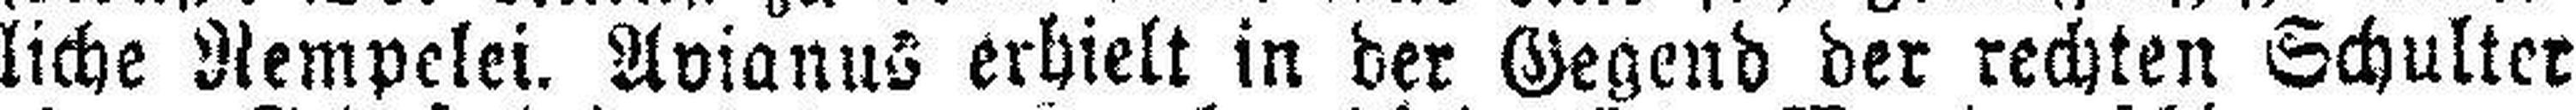
liche Rempelei. Avianus erhielt in der Gegend der rechten Schulter